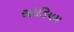
સોડિયમ